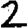
Digit: 2